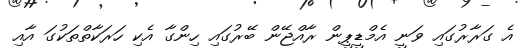
އެ ގަރާރުގައި ވަނީ އެމްޑީޕީން ރާއްޖޭން ބޭރުގައި ހިންގާ އެކި ހަރަކާތްތަކުގަ އާއި